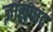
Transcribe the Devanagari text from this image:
ज़ालपाद